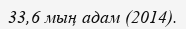
33,6 мың адам (2014).